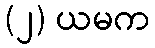
(၂) ယမက